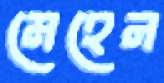
মেহেন